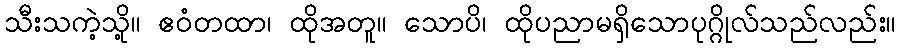
သီးသကဲ့သို့။ ဧဝံတထာ၊ ထိုအတူ။ သောပိ၊ ထိုပညာမရှိသောပုဂ္ဂိုလ်သည်လည်း။